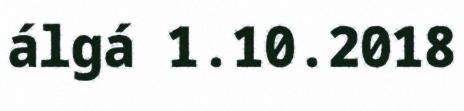
álgá 1.10.2018